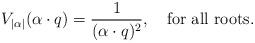
LaTeX: \begin{align*}V_{|\alpha|}(\alpha\cdot q)={1\over{(\alpha\cdot q)^2}}, \quad \mbox{for all roots}. \end{align*}